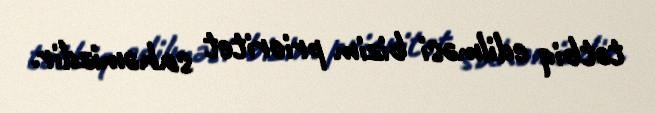
tətbiq edilməsi bizim prioritet sahəmizdir.